Report on plague in the Punjab from October 1st ... to September 30th ..., being the ... season of plague in the province
Disease focus: Plague
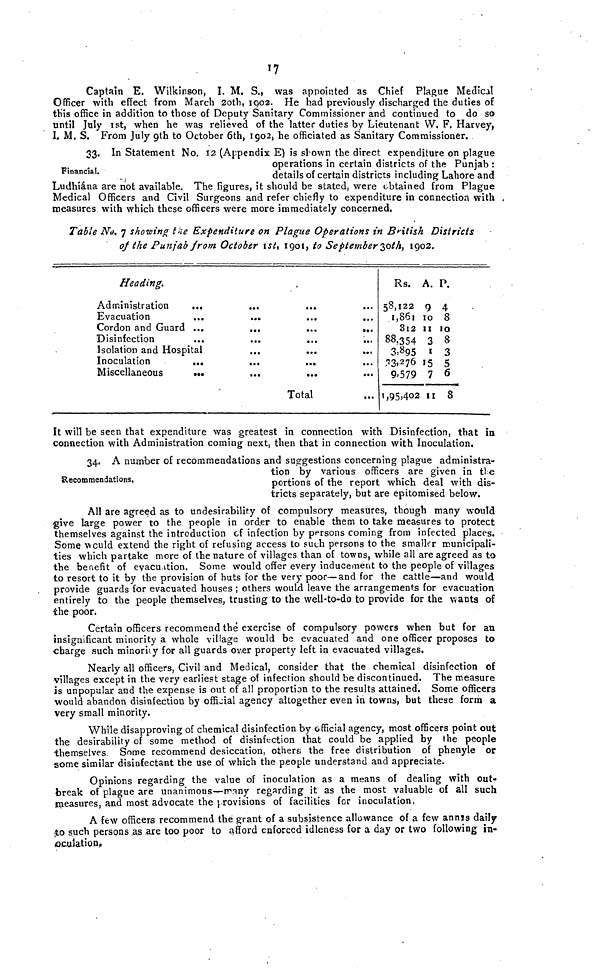
17
Captain E. Wilkinson, I. M. S., was appointed as Chief Plague Medical
Officer with effect from March 2oth, 10,02. He had previously discharged the duties of
this office in addition to those of Deputy Sanitary Commissioner and continued to do so
until July ist, when he was relieved of the latter duties by Lieutenant W.F.Harvey,
I, M. S. From July 9th to October 6th, 1902, he officiated as Sanitary Commissioner.
Financial.
33. In Maternent No. 12 Appendix E) is shown the direct expenditure on plague
operations in certain districts of the Punjab :
details of certain districts including Lahore and
Ludhiána are not available. The figures, it should be stated, were obtained from Plague
Medical Officers and Civil Surgeons and refer chiefly to expenditure in connection with ,
measures with which these officers were more immediately concerned.
Table No. 7 showing the Expenditure on Plague Operations in British
Districts
of the Punjab from October Ist, 1901, to September 30th, 1902.
Heading.
Administration
...
Evacuation
Cordon and Guard ...
...
...
...
Disinfection
...
...
...
...
Isolation and Hospital
Inoculation
...
...
...
Miscellaneous
•••
...
...
Total
Rs.
58,122
1,861
3l2
88,354
3,895
33,276
9,579
1, 95,402
A.
9
10
11
3
1
15
7
11
P.
4
8
10
8
3
5
6
8
!t will be seen that expenditure was greatest in connection with Disinfection, that in
connection with Administration coming next, then that in connection with Inoculation.
Recommendations.
34. A number of recommendations and suggestions concerning plague administra-
tion by various officers are given in the
portions of the report which deal with dis-
tricts separately, but are epitomised below.
All are agreed as to undesirability of compulsory measures, though many would
give large power to the people in ord,er to enable them to take measures to protect
themselves against the introduction of infection by persons coming from infected places.
Some would extend the right of refusing access to such persons to the smaller municipali-
ties which partake more of the nature of villages than of towns, while all are agreed as to
the benefit of evacuation. Some would offer every inducement to the people of villages
to resort to it by the provision of huts for the very poor—and for the cattle—and would
provide guards for evacuated houses ; others would leave the arrangements for evacuation
entirely to the people themselves, trusting to the well-to-do to provide for the wants of
ihe poor.
Certain officers recommend thé exercise of compulsory powers when but for an
insignificant minority a whole village would be evacuated and one officer proposes to
•charge such minority for all guards over property left in evacuated villages.
Nearly all officers, Civil and Medical, consider that the chemical disinfection of
•villages except in the very earliest stage of infection should be discontinued. The measure
is unpopular and the expense is out of all proportion to the results attained. Some officers
would abandon disinfection by official agency altogether even in towns, but these form a
very small minority.
While disapproving of chemical disinfection by official agency, most officers point out
the desirability of some method of disinfection that could be applied by the people
themselves Some recommend desiccation, others} the free distribution of phenyle or
some similar disinfectant the use of which the people understand and appreciate.
Opinions regarding the value of inoculation as a means of dealing with out-
break of plague are unanimous—many regarding it as the most valuable of all such
jneasures, and most advocate the provisions of facilities for inoculation,
A few officers recommend the grant of a subsistence allowance of a few annss daily
to such persons as are too poor to afford enforced idleness for a day or two following in-
oculation,